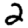
Digit: 2